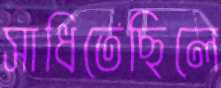
সাধিতেছিলে